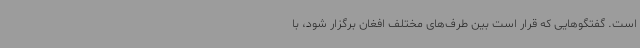
است. گفتگوهایی که قرار است بین طرف‌های مختلف افغان برگزار شود، با